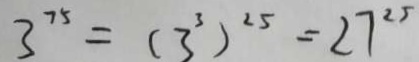
3 ^ { 7 5 } = ( 3 ^ { 3 } ) ^ { 2 5 } = 2 7 ^ { 2 5 }